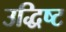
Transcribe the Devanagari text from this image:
उद्धिष्ट